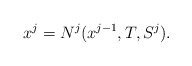
\begin{align*} x^j = N^j(x^{j-1},T,S^j).\end{align*}